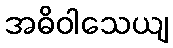
အဓိဝါသေယျ